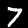
Digit: 7